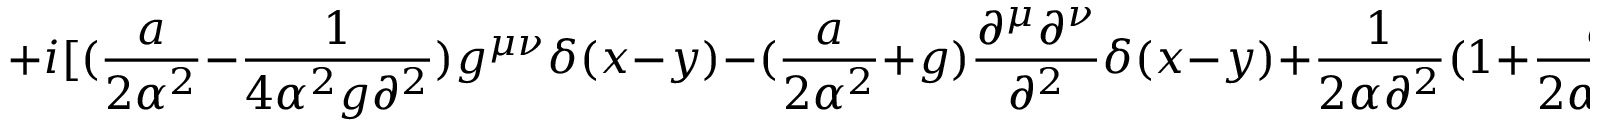
+ i [ ( { \frac { a } { 2 \alpha ^ { 2 } } } - { \frac { 1 } { 4 \alpha ^ { 2 } g \partial ^ { 2 } } } ) g ^ { \mu \nu } \delta ( x - y ) - ( { \frac { a } { 2 \alpha ^ { 2 } } } + g ) { \frac { \partial ^ { \mu } \partial ^ { \nu } } { \partial ^ { 2 } } } \delta ( x - y ) + { \frac { 1 } { 2 \alpha \partial ^ { 2 } } } ( 1 + { \frac { a } { 2 \alpha ^ { 2 } g } } ) \epsilon ^ { \mu \nu \lambda } \partial _ { \lambda } \delta ( x - y ) ] .